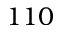
1 1 0